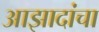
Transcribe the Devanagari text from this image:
आझादांचा